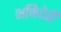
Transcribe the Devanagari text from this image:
भक्तिदेवी